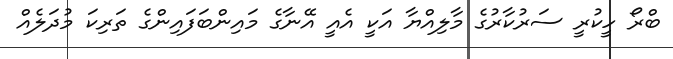
ބްރޯ ހީކުރީ ސަރުކާރުގެ މާލިއްޔާ އަކީ އެއީ އޭނާގެ މައިންބަފައިންގެ ތަރިކަ މުދަލެއް